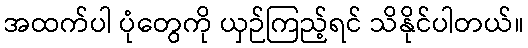
အထက်ပါ ပုံတွေကို ယှဉ်ကြည့်ရင် သိနိုင်ပါတယ်။